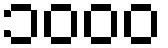
၁၀၀၀